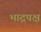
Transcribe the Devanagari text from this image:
भाद्रपक्ष